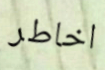
اخاطر